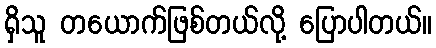
ရှိသူ တယောက်ဖြစ်တယ်လို့ ပြောပါတယ်။